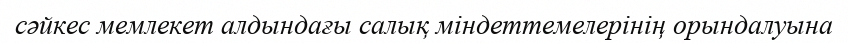
сәйкес мемлекет алдындағы салық міндеттемелерінің орындалуына